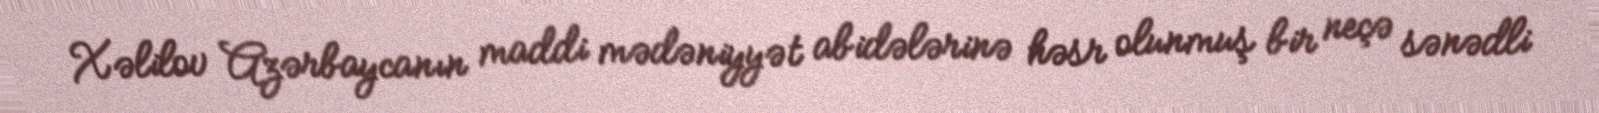
Xəlilov Azərbaycanın maddi mədəniyyət abidələrinə həsr olunmuş bir neçə sənədli